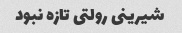
شیرینی رولتی تازه نبود